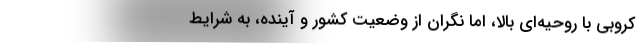
کروبی با روحیه‌ای بالا، اما نگران از وضعیت کشور و آینده، به شرایط